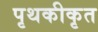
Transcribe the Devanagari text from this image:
पृथकीकृत